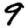
Digit: 9